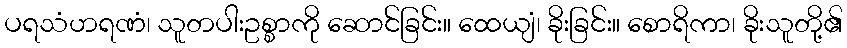
ပရသံဟရဏံ၊ သူတပါးဥစ္စာကို ဆောင်ခြင်း။ ထေယျံ၊ ခိုးခြင်း။ စောရိကာ၊ ခိုးသူတို့၏